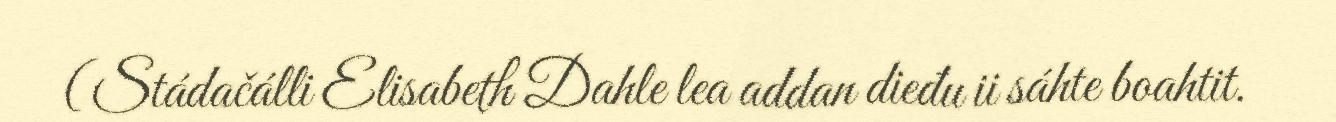
(Stádačálli Elisabeth Dahle lea addan dieđu ii sáhte boahtit.